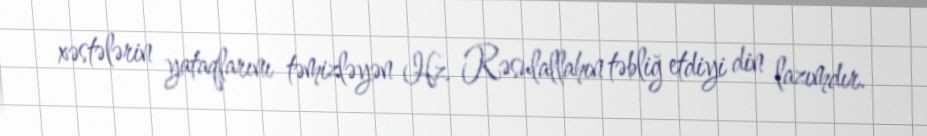
xəstələrin yataqlarını təmizləyən Hz. Rəsulallahın təbliğ etdiyi din lazımdır.